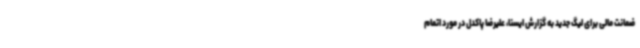
ضمانت مالی برای لیگ جدید به گزارش ایسنا، علیرضا پاکدل در مورد اتمام